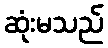
ဆုံးမသည်